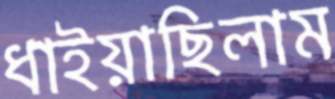
ধাইয়াছিলাম